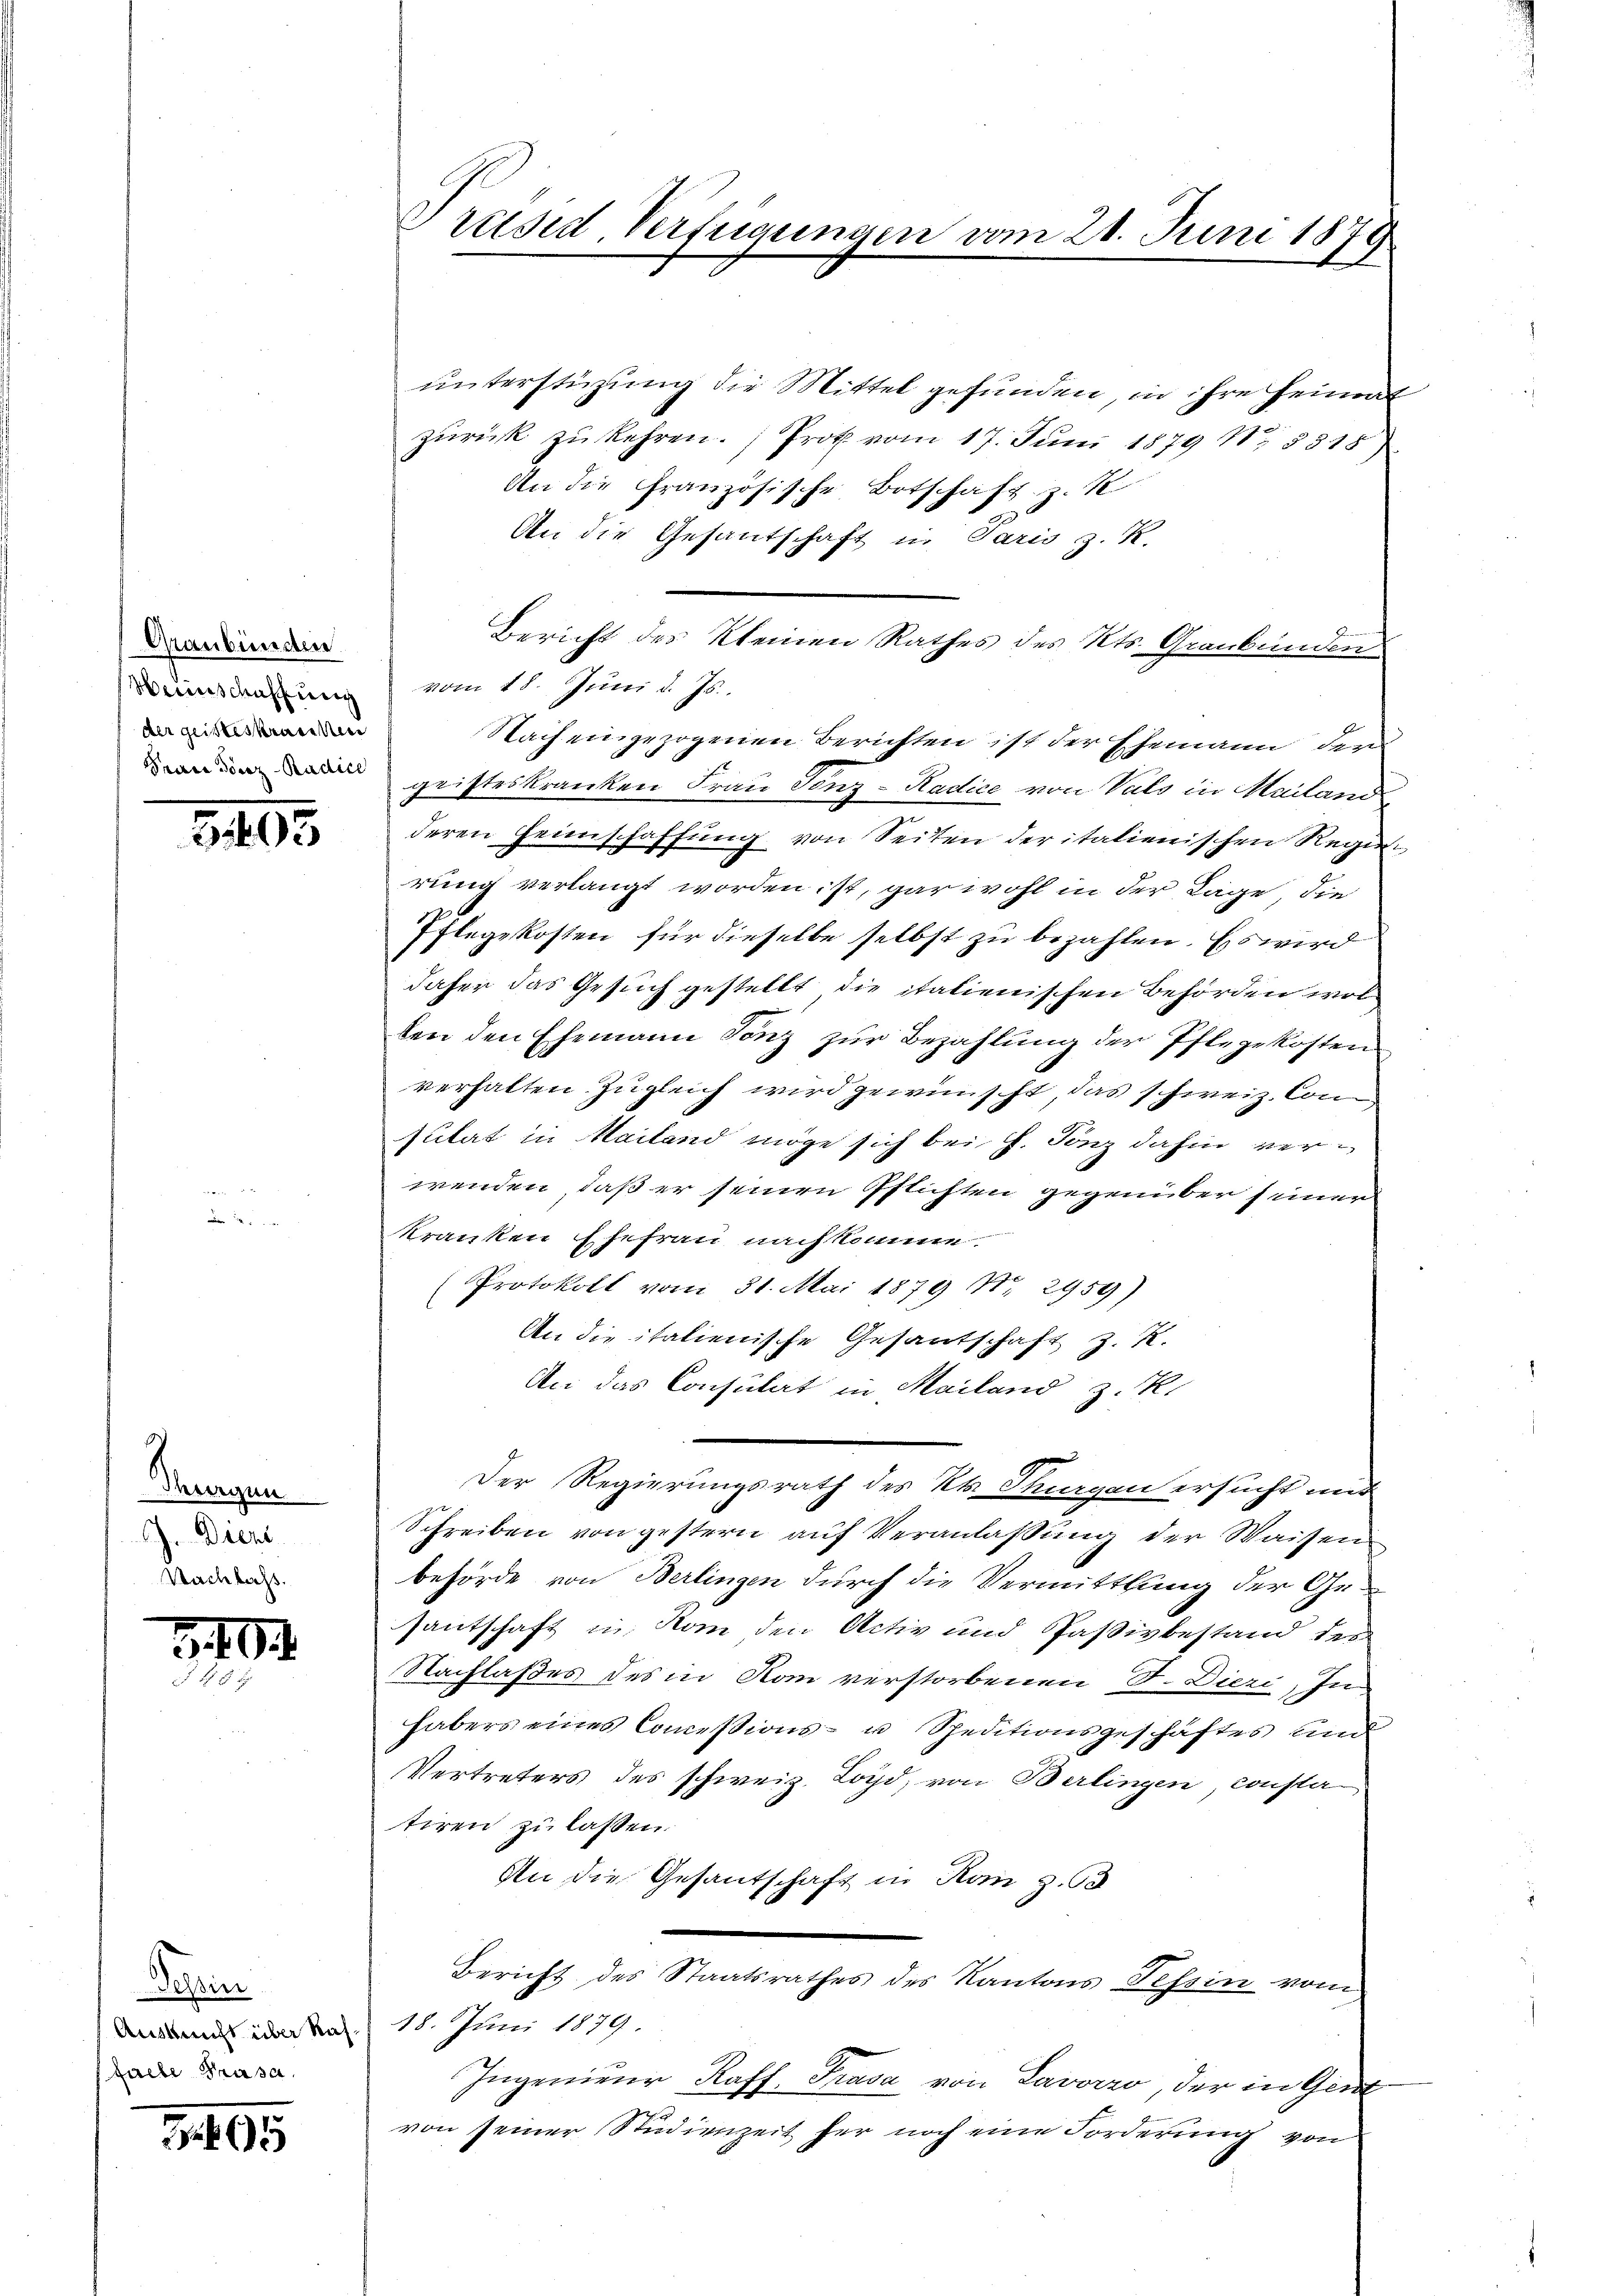
Graubünden
Weinschaffung
der geisteskranken

895

Morgen
J. Diene
Nachlass.

3402
N. 8 8

Gehrin
Auskunft über Kasfalle Prasa.

3495

Præsid Verfügungen vom 21. Juni 1879
e
x

unterstüzung die Mittel gefunden, in ihre Heimat
zŭrück zŭ kehren. Prot vom 17. Jŭni 1879 No 8315)
An die Französische Botschaft z. R.
An die Gesantschaft in Paris z. K.
Bericht des Kleinen Rathes des Kts. Graubünden
vom 18. Juni d. Js.
Nach eingezogenen Berichten ist der Ehemann der
 geisteskranken Frau Senz-Radice von Vals in Mailand
deren Heimschaffŭng von Seiten der italienischen Regi
rung verlangt worden ist, gar wohl in der Lage, die
Pflegekosten für dieselbe selbst zu bezahlen. Es wird
daher das Gesuch gestellt die italienischen Behörden wol
len den Ehemann Tonz zur Bezahlung der Pflegekosten
verhalten zugleich wird gewünscht, das schweiz. Consulat in Mailand möge sich bei G. Tonz dahin verwenden, daß er seinen Pflichten gegenüber seiner
kranken Ehefrau nach komme.
(Protokoll vom 31. Mai 1879 Nr. 2959)
An die italienische Gesantschaft z. K.
An das Consulat in Mailand z. R.
Der Regierungsrath des Kt. Tagen ersucht mit
Schreiben von gestern auf Veranlassung der Waisen
behörde von Berlingen durch die Vermittlung der Ge-
santschaft in Rom den Activ und Paßivbestand des
Nachlaßes des in Rom verstorbenen S. Dieri, In
habers eines Concessions- u Speditionsgeschäftes und
Vertreters des schweiz. Loyd, von Berlingen, consta
tiren zu lassen.
An die Gesantschaft in Rom z. B
Bericht des Staatsrathes des Kantons Tessin vom
18. Juni 1879
Ingenieur Kaff. Trasa von Lavorzo, der in Gent
von seiner Studienzeit her noch eine Forderung von